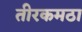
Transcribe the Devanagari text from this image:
तीरकमठा